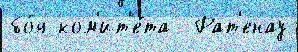
бо́я ком'ит'е́та  Рат'енау